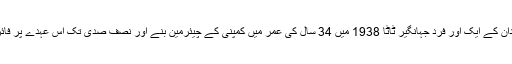
ٹاٹا خاندان کے ایک اور فرد جہانگیر ٹاٹا 1938 میں 34 سال کی عمر میں کمپنی کے چیئرمین بنے اور نصف صدی تک اس عہدے پر فائز رہے۔